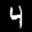
Label: 4